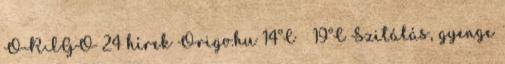
ORIGO 24 hírek Origo.hu 14°C 19°C Szitálás, gyenge